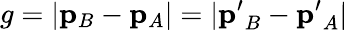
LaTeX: g=|\mathbf{p}_{B}-\mathbf{p}_{A}|=|\mathbf{p^{\prime}}_{B}-\mathbf{p^{\prime}}_{A}|